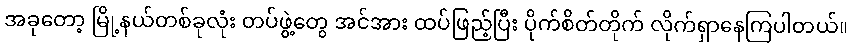
အခုတော့ မြို့နယ်တစ်ခုလုံး တပ်ဖွဲ့တွေ အင်အား ထပ်ဖြည့်ပြီး ပိုက်စိတ်တိုက် လိုက်ရှာနေကြပါတယ်။